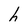
Character: h